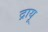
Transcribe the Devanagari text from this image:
द्रायू